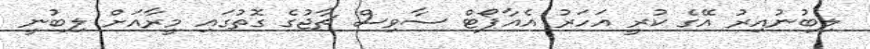
ލިބުނުއިރު އޭގެ ކުރީ އަހަރު އެއާޕޯޓް ސާވިސް ޗާޖުގެ ގޮތުގައި މީރާއަށް ލިބުނީ